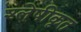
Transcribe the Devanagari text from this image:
श्लेषीकृत